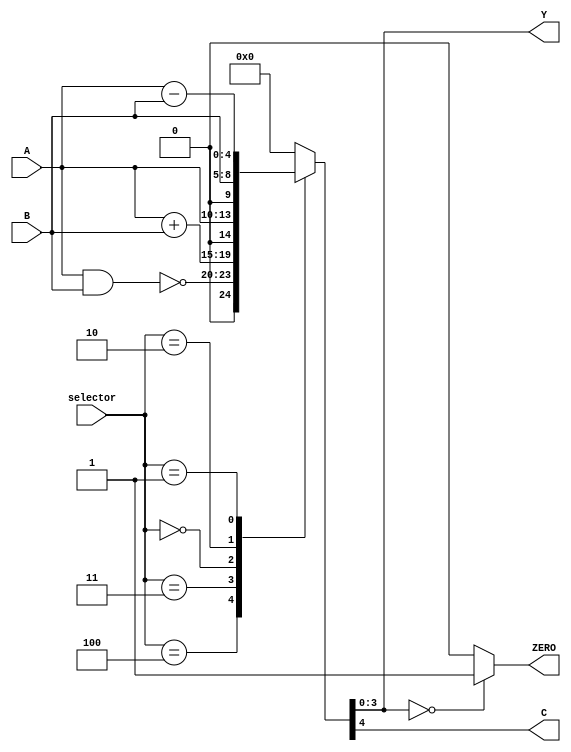
//Jose Luis Alvarez Pineda
//19392
//Codigo de la ALU especifico para el proyecto del microprocesador

module ALU(
  input wire[3:0] A, B,
  input wire[2:0] selector,
  output wire [3:0] Y,
  output reg C, ZERO);

  //variable para manejar el carry
  reg[4:0] RESalu;//para darle el dato a la salida y manejar el carry

      always @ ( selector, A, B) begin

      case (selector)
        3'b100: RESalu = {1'b0,~(A & B)}; // nand logico
        3'b011: RESalu = A + B; //suma de A y B
        3'b000: RESalu = A; //pasa el valor de A
        3'b010: RESalu =  B; //pasa el valor de B
        3'b001: RESalu = A - B;//resta de A y B
        default: RESalu = 0;//si entra cualquier otro valor es 0 por eleccion
      endcase

      if (RESalu[3:0] == 0) begin //revisar si el valor es cero
        ZERO = 1;
      end
      else begin
        ZERO = 0;
      end

      C <= RESalu[4]; //pasar el valor a la bandera del carry

      end

    assign Y = RESalu[3:0];//asignar solo los 4 bits a la salida



endmodule